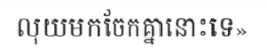
លុយមកចែកគ្នានោះទេ»